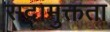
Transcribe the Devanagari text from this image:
सदामुक्तता